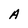
Character: A